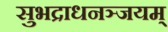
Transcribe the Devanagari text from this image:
सुभद्राधनञ्जयम्